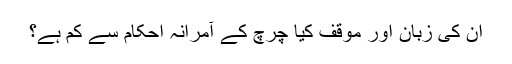
ان کی زبان اور موقف کیا چرچ کے آمرانہ احکام سے کم ہے؟